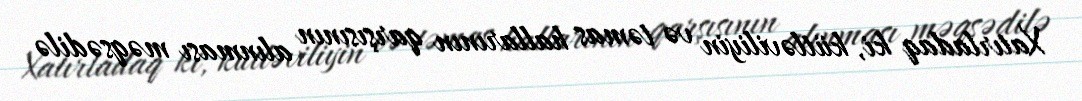
Xatırladaq ki, kütləviliyin və təmas hallarının qarşısının alınması məqsədilə